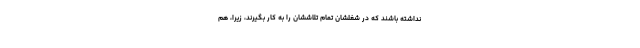
نداشته باشند که در شغلشان تمام تلاششان را به کار بگیرند، زیرا، هم